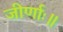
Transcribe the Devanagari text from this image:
जीर्णाः॥